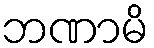
ဘဏာမိ